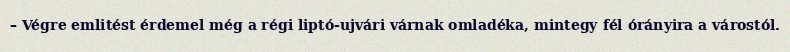
– Végre emlitést érdemel még a régi liptó-ujvári várnak omladéka, mintegy fél órányira a várostól.